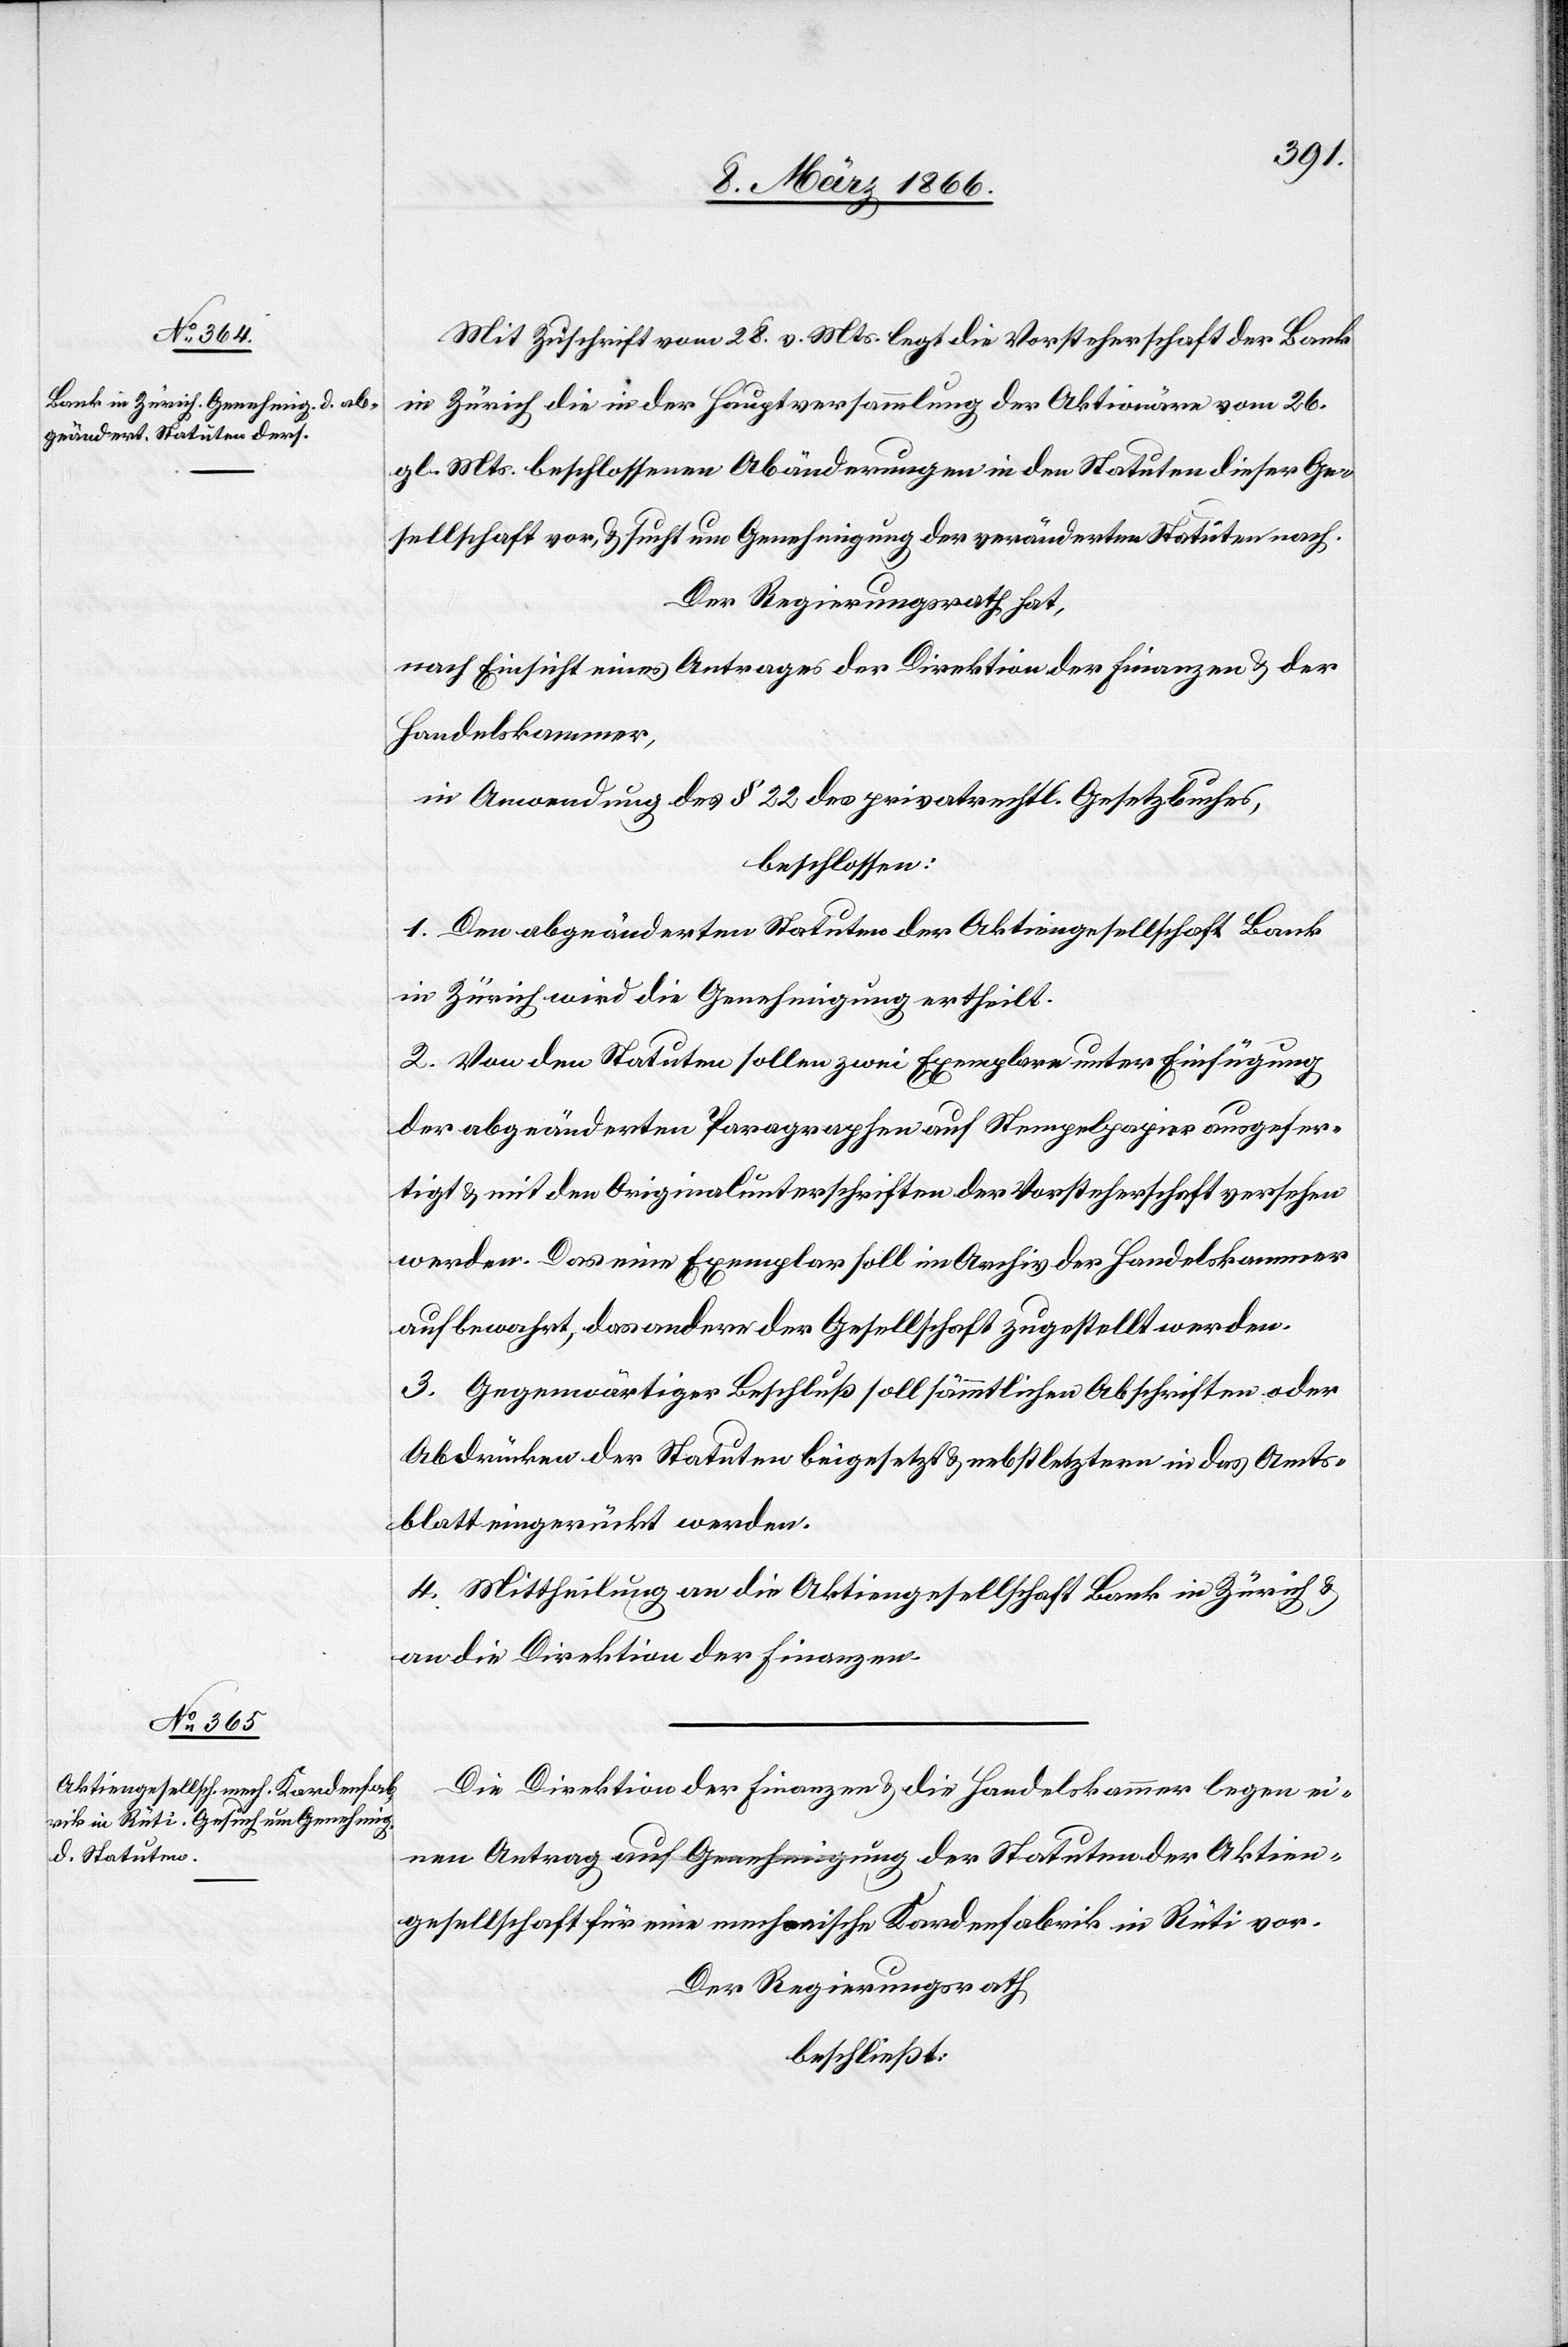
Mit Zuschrift vom 28. v. Mts. legt die Vorsteherschaft der Bank
in Zürich die in der Hauptversammlung der Aktionäre vom 26.
gl. Mts. beschlossenen Abänderungen in den Statuten dieser Ge¬
sellschaft vor, u. sucht um Genehmigung der veränderten Statuten nach.
Der Regierungsrath hat,
nach Einsicht eines Antrages der Direktion der Finanzen u. der
Handelskammer,
in Anwendung des § 22 des privatrechtl. Gesetzbuches,
beschlossen:
1. Den abgeänderten Statuten der Aktiengesellschaft Bank
in Zürich wird die Genehmigung ertheilt.
2. Von den Statuten sollen zwei Exemplare unter Einfügung
der abgeänderten Paragraphen auf Stempelpapier ausgefer¬
tigt u. mit den Originalunterschriften der Vorsteherschaft versehen
werden. Das eine Exemplar soll im Archiv der Handelskammer
aufbewahrt, das andere der Gesellschaft zugestellt werden.
3. Gegenwärtiger Beschluß soll sämmtlichen Abschriften oder
Abdrücken der Statuen beigesetzt u. nebst letztern in das Amts¬
blatt eingerückt werden.
4. Mittheilung an die Aktiengesellschaft Bank in Zürich u.
an die Direktion der Finanzen.
Die Direktion der Finanzen u. die Handelskammer legen ei¬
nen Antrag auf Genehmigung der Statuten der Aktien¬
gesellschaft für eine mechanische Kardenfabrik in Rüti vor.
Der Regierungsrath
beschließt: